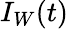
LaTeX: I_{W}(t)